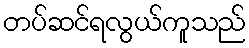
တပ်ဆင်ရလွယ်ကူသည်